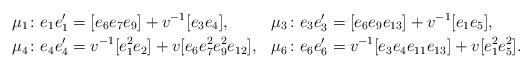
LaTeX: \begin{align*} \mu_1\colon e_1e_1'&=[e_6e_7e_9]+v^{-1}[e_3e_4],&\mu_3\colon e_3e_3'&=[e_6e_9e_{13}]+v^{-1}[e_1e_5],\\ \mu_4\colon e_4e_4'&=v^{-1}[e_{1}^2e_{2}]+v[e_{6}e_{7}^2e_{9}^2e_{12}],&\mu_6\colon e_6e_6'&=v^{-1}[e_3e_4e_{11}e_{13}]+v[e_1^2e_{5}^2].\end{align*}